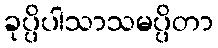
ခုပ္ပိပါသာသမပ္ပိတာ